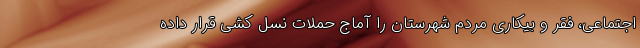
اجتماعی، فقر و بیکاری مردم شهرستان را آماج حملات نسل کشی قرار داده